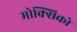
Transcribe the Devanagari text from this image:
मोक्सिको